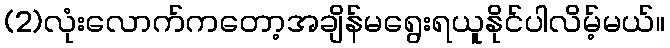
(2)လုံးလောက်ကတော့အချိန်မရွေးရယူနိုင်ပါလိမ့်မယ်။